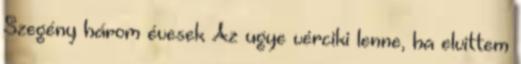
Szegény három évesek Az ugye vérciki lenne, ha elvittem